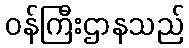
ဝန်ကြီးဌာနသည်